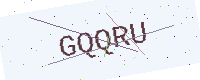
Text: GQQRU